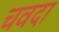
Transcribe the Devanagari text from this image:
चवदा